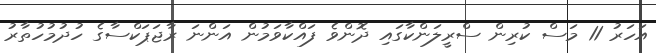
އަހަރު 11 މަސް ކުރިން ސްރީލަންކާގައި ދޮންވެ ފައްކާވަމުން އަންނަ ރާޖަޕަކްސާގެ ހުދުމުހުތާރު